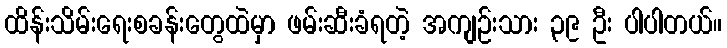
ထိန်းသိမ်းရေးစခန်းတွေထဲမှာ ဖမ်းဆီးခံရတဲ့ အကျဉ်းသား ၃၉ ဦး ပါပါတယ်။